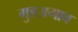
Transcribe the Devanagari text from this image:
गुडअगाव